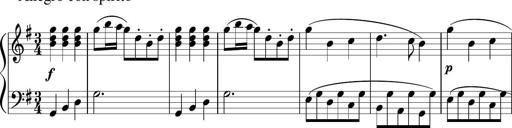
Title: 12 Keyboard Sonatinas
Composer: James Hook